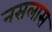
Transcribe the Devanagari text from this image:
नसलास